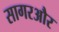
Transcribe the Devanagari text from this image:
सागरऔर